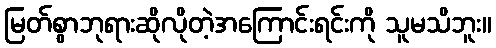
မြတ်စွာဘုရားဆိုလိုတဲ့အကြောင်းရင်းကို သူမသိဘူး။